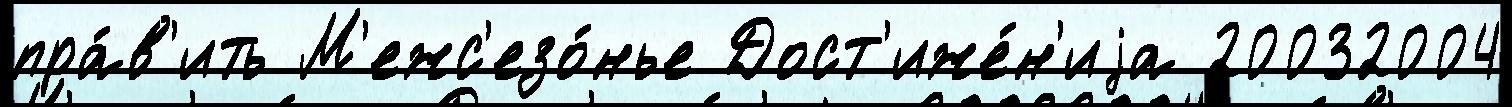
пра́в'ить М'ежс'езо́нье Дост'иже́н'иjа 20032004